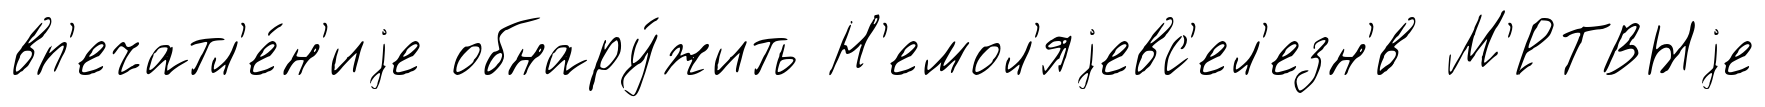
вп'ечатл'е́н'иjе обнару́жить Н'емол'яjевс'ел'езн'́в М'́РТВЫjе